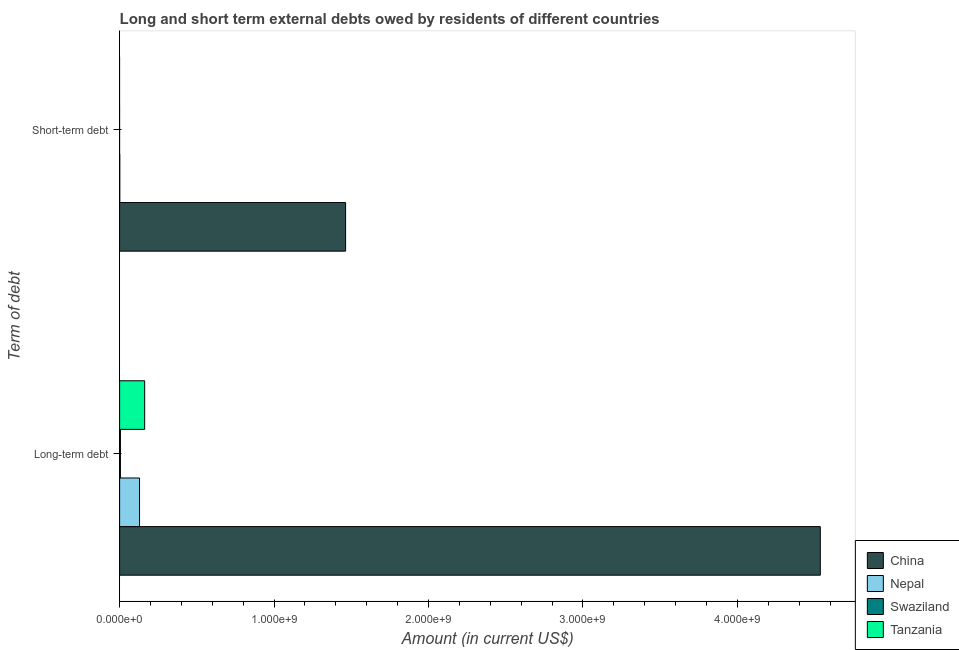
| Term of debt | China | Nepal | Swaziland | Tanzania |
 | --- | --- | --- | --- | --- |
 | Long-term debt | 4.54e+09 | 1.29e+08 | 5.23e+06 | 1.62e+08 |
 | Short-term debt | 1.46e+09 | 1.1e+06 | -4.3e+05 | -3.3e+07 |